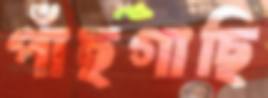
পাঁছগাছি